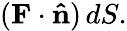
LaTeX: (\mathbf{F}\cdot\mathbf{\hat{n}})\, dS.